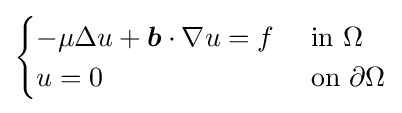
{\begin{cases}-\mu \Delta u+{\boldsymbol {b}}\cdot \nabla u=f&{\text{ in }}\Omega \\u=0&{\text{ on }}\partial \Omega \end{cases}}